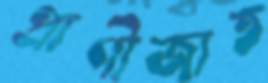
প্রাণীজাত